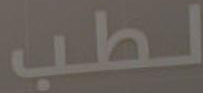
لطب